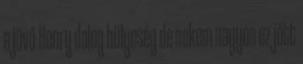
a jövő-Henry dolog hülyeség de nekem nagyon ez jött